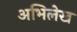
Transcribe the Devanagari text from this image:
अभिलेख